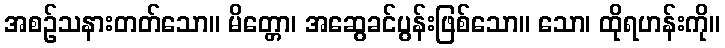
အစဉ်သနားတတ်သော။ မိတ္တော၊ အဆွေခင်ပွန်းဖြစ်သော။ သော၊ ထိုရဟန်းကို။